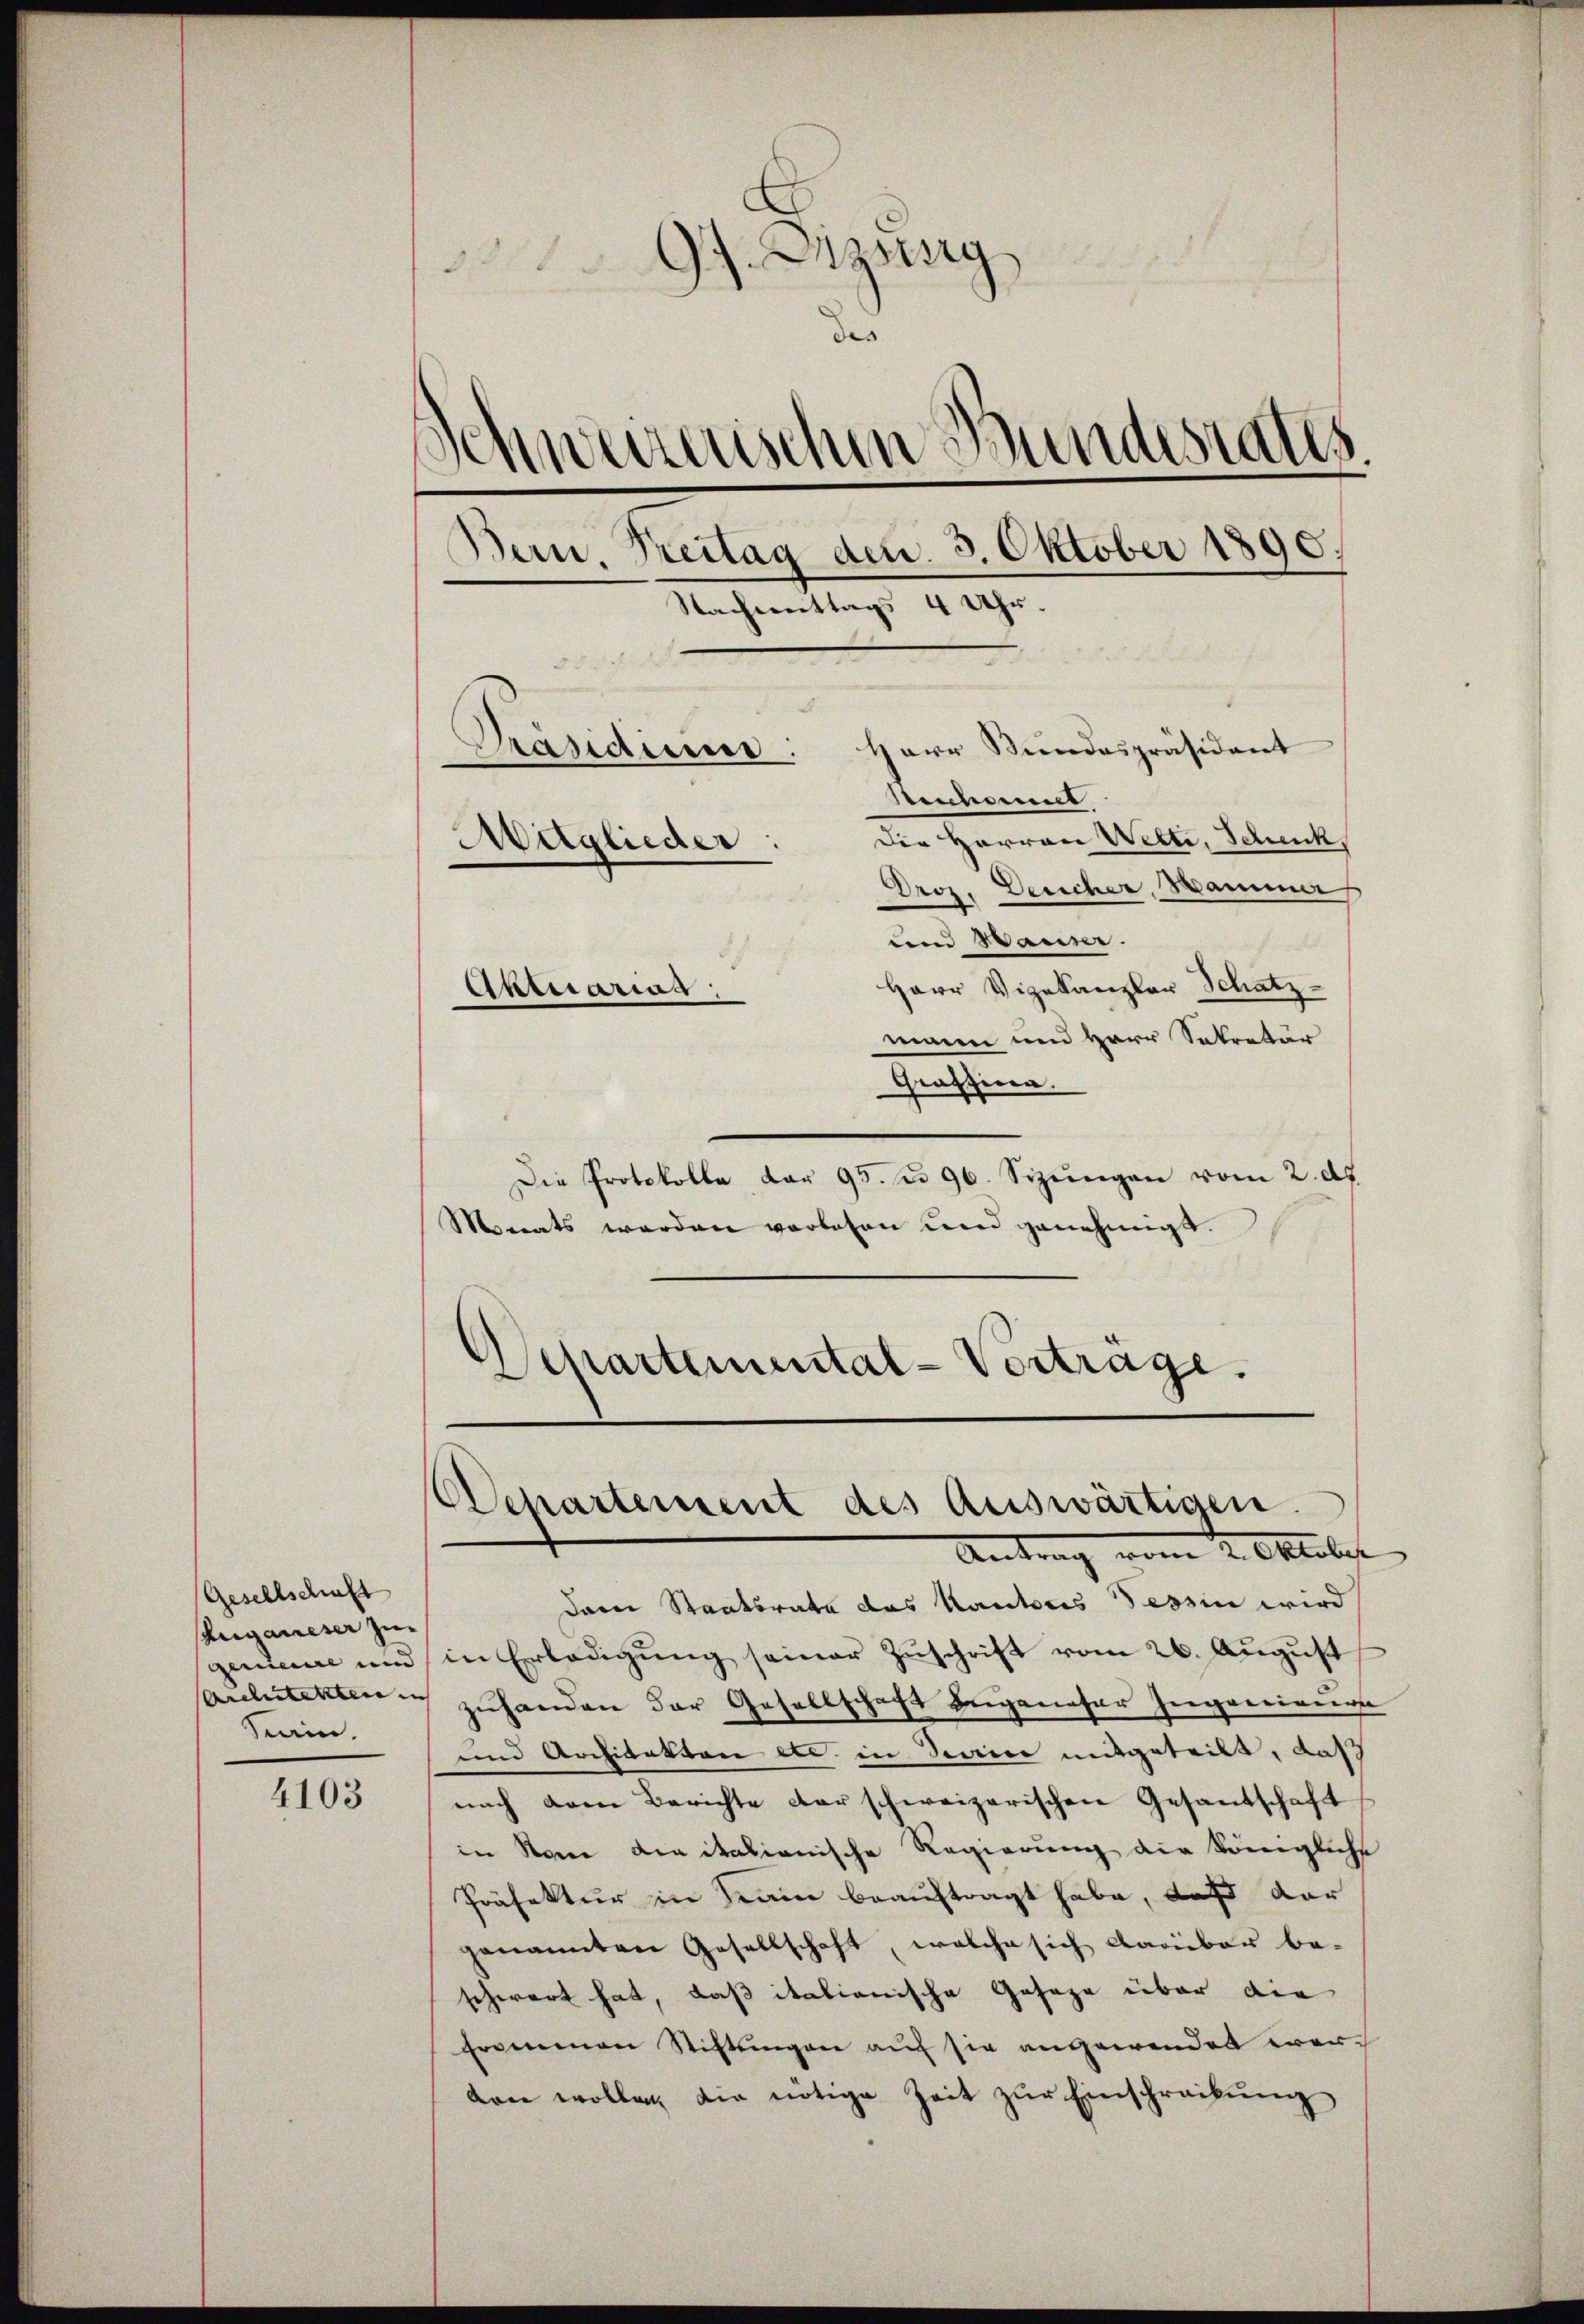
Gesellschaft
shrganeser zugenieure und |
Kain.

4103

97. Sizung
u
des
.
Schweizerischen Bundesrates.
Bern, Treitag den 3. Oktober 1890.
—
Nachmittags 4 Uhr.
Herr Bundespräsident
Präsidium
n
Stennamt
Die Herren Wette, Scheck,
Maglieder:

Atmarias

Droz. Deucher, Hammer
und Hauser.
Herr Vizekanzler Schatz-
mann und Herr Sekretär
Grossenen.
Die Protokolle dar 95. u. 96. Sizungen vom 2. ds.
Monats werden vorlesen und genehmigt.
Departemental-Verträge.

Departement des Auswärtigen.
Antrag vom 2. Oktober

dare Staatsrate das Kantores Tessin wird
in Erledigŭng seiner Zŭschrift vom 26. Aŭgŭst
auleitekten zuhanden der Gesellschaft angeneser Ingenieur
und Architekton etc. in denie mitgeteilt, daß
nach dem Berichte der schweizerischen Gesandschaft
in Name die italienische Regierung die Königliche
Präfektur in Krain beauftragt habe, daß dar
genannten Gesellschaft, welche sich darüber be-
schwart hat, daß italionische Gesage über die
frommen Stiftungen auf sie angewendet werkon wollen, die nötige Zeit zur Einschreibung